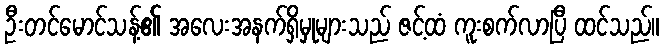
ဦးတင်မောင်သန့်၏ အလေးအနက်ရှိမှုများသည် ဇင့်ထံ ကူးစက်လာပြီ ထင်သည်။